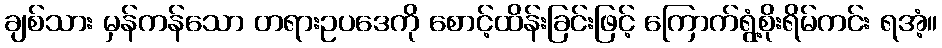
ချစ်သား မှန်ကန်သော တရားဥပဒေကို စောင့်ထိန်းခြင်းဖြင့် ကြောက်ရွံ့စိုးရိမ်ကင်း ရအံ့။